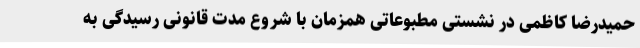
حمیدرضا کاظمی در نشستی مطبوعاتی همزمان با شروع مدت قانونی رسیدگی به